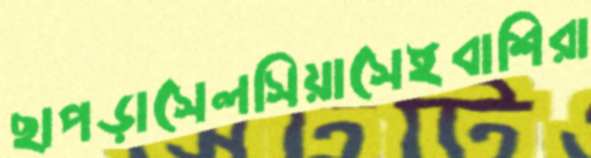
ছাপড়াসেলসিয়াসেইবাশিরা